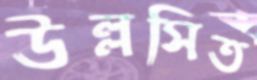
উল্লসিত